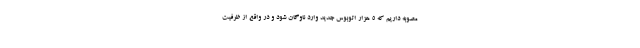
مصوبه داریم که ۵ هزار اتوبوس جدید وارد ناوگان شود و در واقع از ظرفیت